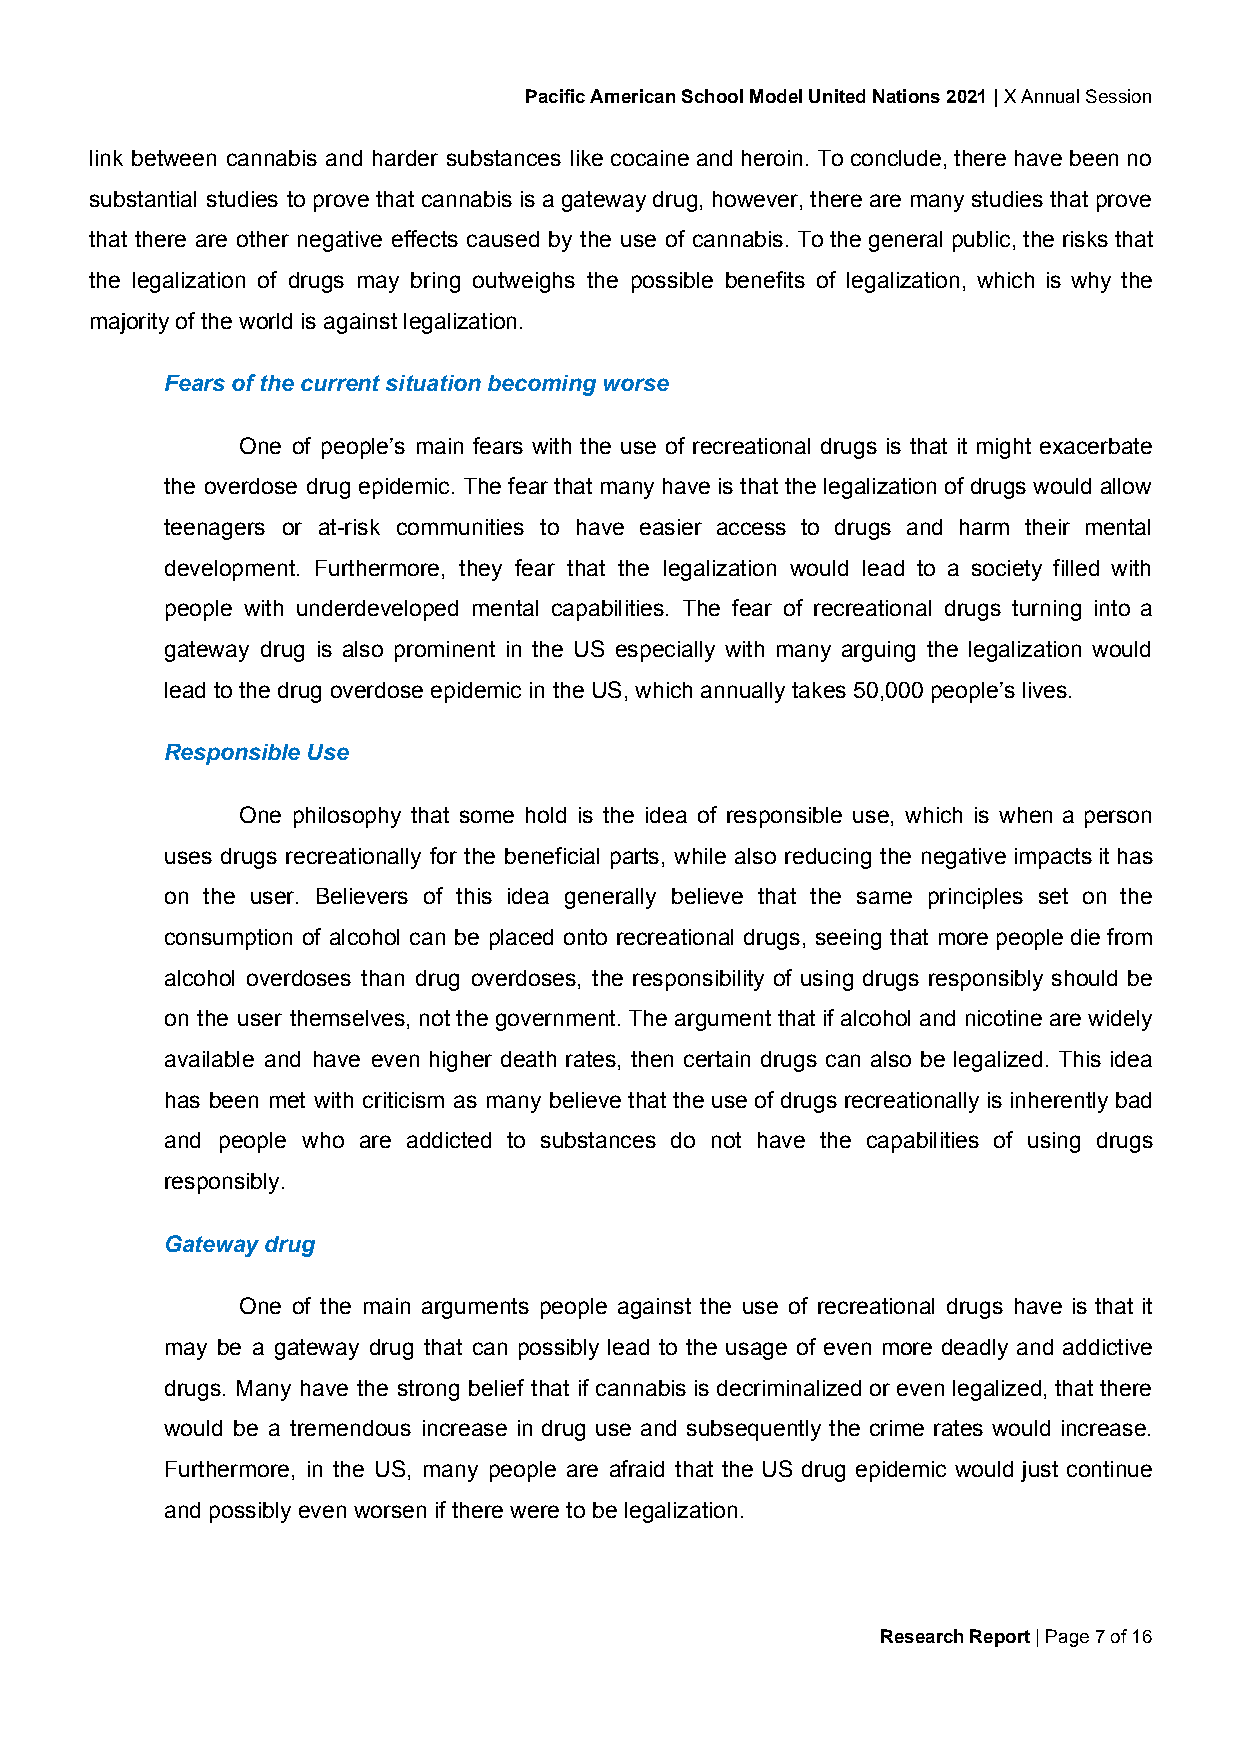
Pacific American School Model United Nations 2021 | X Annual Session
 ​
 link between cannabis and harder substances like cocaine and heroin. To conclude, there have been no
 substantial studies to prove that cannabis is a gateway drug, however, there are many studies that prove
 that there are other negative effects caused by the use of cannabis. To the general public, the risks that
 the legalization of drugs may bring outweighs the possible benefits of legalization, which is why the
 majority of the world is against legalization.
 Fears of the current situation becoming worse
 One of people’s main fears with the use of recreational drugs is that it might exacerbate
 the overdose drug epidemic. The fear that many have is that the legalization of drugs would allow
 teenagers or at-risk communities to have easier access to drugs and harm their mental
 development. Furthermore, they fear that the legalization would lead to a society filled with
 people with underdeveloped mental capabilities. The fear of recreational drugs turning into a
 gateway drug is also prominent in the US especially with many arguing the legalization would
 lead to the drug overdose epidemic in the US, which annually takes 50,000 people’s lives.
 Responsible Use
 One philosophy that some hold is the idea of responsible use, which is when a person
 uses drugs recreationally for the beneficial parts, while also reducing the negative impacts it has
 on the user. Believers of this idea generally believe that the same principles set on the
 consumption of alcohol can be placed onto recreational drugs, seeing that more people die from
 alcohol overdoses than drug overdoses, the responsibility of using drugs responsibly should be
 on the user themselves, not the government. The argument that if alcohol and nicotine are widely
 available and have even higher death rates, then certain drugs can also be legalized. This idea
 has been met with criticism as many believe that the use of drugs recreationally is inherently bad
 and people who are addicted to substances do not have the capabilities of using drugs
 responsibly.
 Gateway drug
 One of the main arguments people against the use of recreational drugs have is that it
 may be a gateway drug that can possibly lead to the usage of even more deadly and addictive
 drugs. Many have the strong belief that if cannabis is decriminalized or even legalized, that there
 would be a tremendous increase in drug use and subsequently the crime rates would increase.
 Furthermore, in the US, many people are afraid that the US drug epidemic would just continue
 and possibly even worsen if there were to be legalization.
 Research Report | Page 7 of 16
 ​